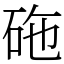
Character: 砤